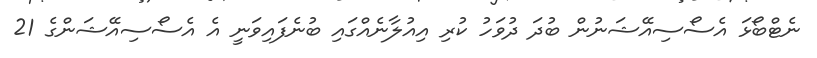
ނެޓްބޯޅަ އެސޯސިއޭޝަނުން ބުދަ ދުވަހު ކުރި އިއުލާނެއްގައި ބުނެފައިވަނީ އެ އެސޯސިއޭޝަންގެ 21